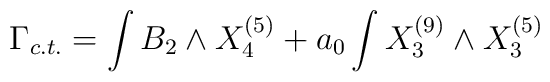
\Gamma_{c.t.}=\int B_2\wedge X_4^{(5)}+a_0\int X_3^{(9)}\wedge X_3^{(5)}